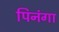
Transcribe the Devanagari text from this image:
पिनंगा